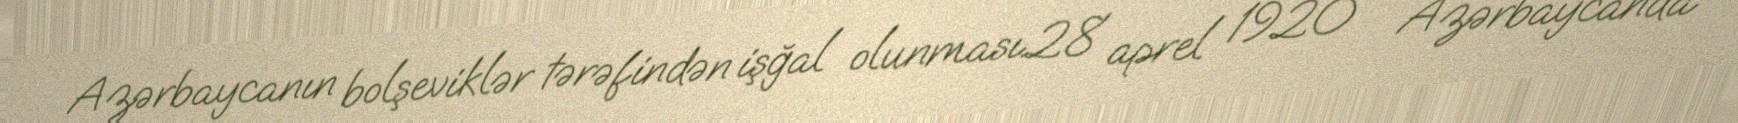
Azərbaycanın bolşeviklər tərəfindən işğal olunması.28 aprel 1920 – Azərbaycanda